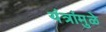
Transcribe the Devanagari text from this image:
यंत्रांमुळे